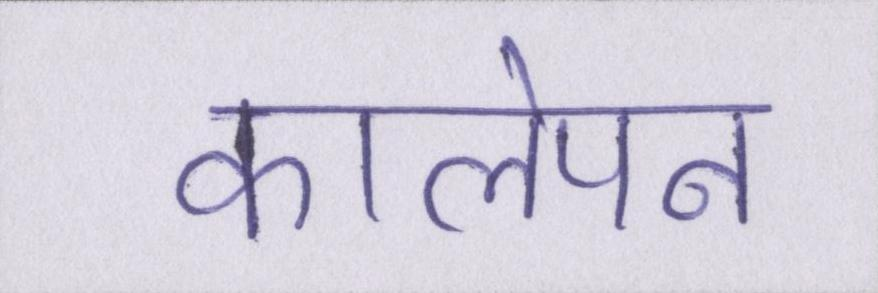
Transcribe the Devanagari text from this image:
कालेपन